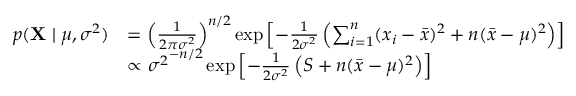
{ \begin{array} { r l } { p ( \mathbf { X } \mid \mu , \sigma ^ { 2 } ) } & { = \left( { \frac { 1 } { 2 \pi \sigma ^ { 2 } } } \right) ^ { n / 2 } \exp \left[ - { \frac { 1 } { 2 \sigma ^ { 2 } } } \left( \sum _ { i = 1 } ^ { n } ( x _ { i } - { \bar { x } } ) ^ { 2 } + n ( { \bar { x } } - \mu ) ^ { 2 } \right) \right] } \\ & { \propto { \sigma ^ { 2 } } ^ { - n / 2 } \exp \left[ - { \frac { 1 } { 2 \sigma ^ { 2 } } } \left( S + n ( { \bar { x } } - \mu ) ^ { 2 } \right) \right] } \end{array} }